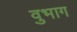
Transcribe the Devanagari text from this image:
वुभाग